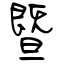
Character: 暨